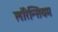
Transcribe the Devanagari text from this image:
लॉरेन्सियम